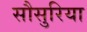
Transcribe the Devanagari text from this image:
सौसुरिया